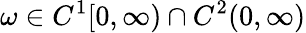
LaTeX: \omega\in C^{1}[0,\infty)\cap C^{2}(0,\infty)